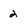
Character: 2